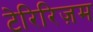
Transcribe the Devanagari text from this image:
टेरिरिज़म